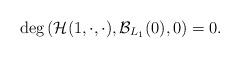
LaTeX: \begin{align*}\deg \left( \mathcal{H}(1,\cdot ,\cdot ),\mathcal{B}_{L_{1}}(0),0\right) =0.\end{align*}